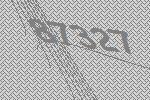
87327